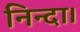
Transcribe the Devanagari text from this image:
निन्दा।